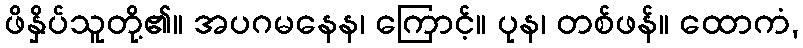
ဖိနှိပ်သူတို့၏။ အပဂမနေန၊ ကြောင့်။ ပုန၊ တစ်ဖန်။ ထောကံ,